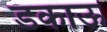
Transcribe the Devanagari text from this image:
डकाऊ